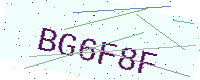
Text: BG6F8F